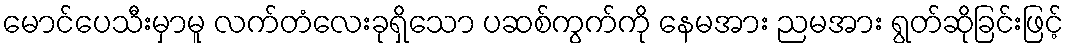
မောင်ပေသီးမှာမူ လက်တံလေးခုရှိသော ပဆစ်ကွက်ကို နေမအား ညမအား ရွတ်ဆိုခြင်းဖြင့်